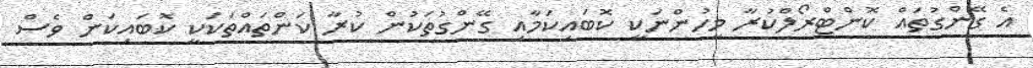
އެ ގޭންގުތައް ކޮންޓްރޯލްކުރާ މީހުންނަކީ ކޮބައިކަމާއި ގޭންގުތަކުން ކުރާ ކަންތައްތަކަކީ ކޮބައިކަން ވެސް